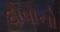
દોષોનો